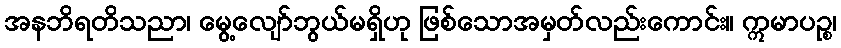
အနဘိရတိသညာ၊ မွေ့လျော်ဘွယ်မရှိဟု ဖြစ်သောအမှတ်လည်းကောင်း။ ဣမာပဉ္စ၊